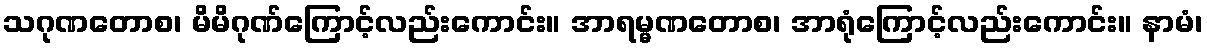
သဂုဏတောစ၊ မိမိဂုဏ်ကြောင့်လည်းကောင်း။ အာရမ္မဏတောစ၊ အာရုံကြောင့်လည်းကောင်း။ နာမံ၊